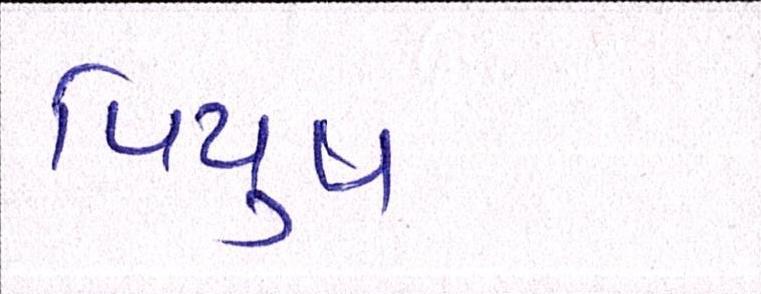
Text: પિયુષ